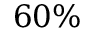
6 0 \%